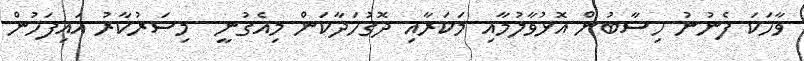
ވާހަކަ ފެނުނު ހިސާބުން އޮޅުވާލުމާއި މަކަރާއި ދޮގުހަދާކަން މިއެގުނީ  މިސަރުކާރު އައިފަހުން